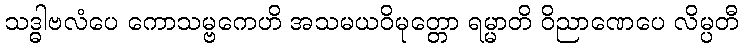
သဒ္ဓါဗလံပေ ကောသမ္ဗကေဟိ အသမယဝိမုတ္တော ရမ္မာတိ ဝိညာဏေပေ လိမ္ပတီ